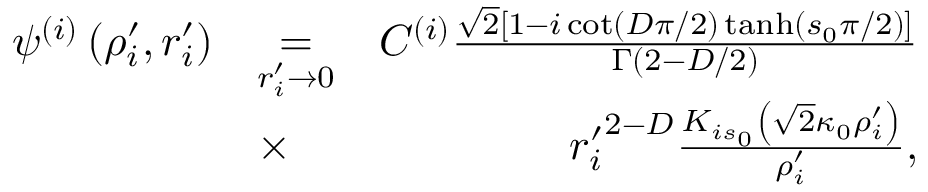
\begin{array} { r l r } { \psi ^ { ( i ) } \left( \rho _ { i } ^ { \prime } , r _ { i } ^ { \prime } \right) } & { \underset { r _ { i } ^ { \prime } \to 0 } { = } } & { C ^ { ( i ) } \frac { \sqrt { 2 } \left[ 1 - i \cot \left( D \pi / 2 \right) \operatorname { t a n h } \left( s _ { 0 } \pi / 2 \right) \right] } { \Gamma \left( 2 - D / 2 \right) } } \\ & { \times } & { \ { r _ { i } ^ { \prime } } ^ { 2 - D } \frac { K _ { i s _ { 0 } } \left( \sqrt { 2 } \kappa _ { 0 } \rho _ { i } ^ { \prime } \right) } { \rho _ { i } ^ { \prime } } , } \end{array}